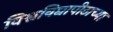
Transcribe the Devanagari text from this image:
विश्वविद्यापीठाच्या